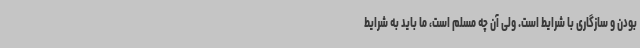
بودن و سازگاری با شرایط است. ولی آن چه مسلم است، ما باید به شرایط